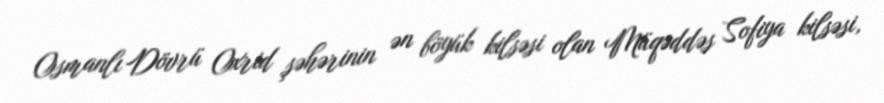
Osmanlı Dövrü Oxrid şəhərinin ən böyük kilsəsi olan Müqəddəs Sofiya kilsəsi,